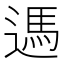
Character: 遤